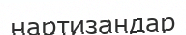
нартизандар